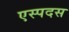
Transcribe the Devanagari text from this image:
एस्पदस